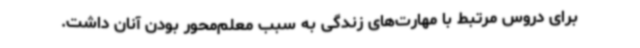
برای دروس مرتبط با مهارت‌های زندگی به سبب معلم‌محور بودن آنان داشت.